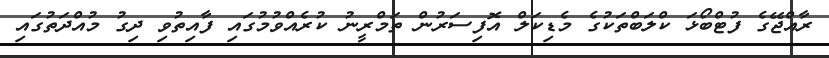
ރާއްޖޭގެ ފުޓްބޯޅަ ކްލަބްތަކުގެ މެޑިކަލް އޮފިސަރުން ތަމްރީނު ކުރެއްވުމުގައި ފާއިތުވި ދިގު މުއްދަތުގައި